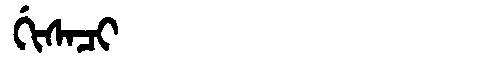
Manchu: ᡤᡳᠰᠠᠴᡳ
Romanization: GISACI